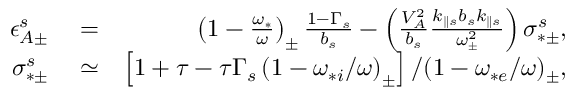
\begin{array} { r l r } { \epsilon _ { A \pm } ^ { s } } & { { } = } & { \left( 1 - \frac { \omega _ { * } } { \omega } \right) _ { \pm } \frac { 1 - \Gamma _ { s } } { b _ { s } } - \left( \frac { V _ { A } ^ { 2 } } { b _ { s } } \frac { k _ { \parallel s } b _ { s } k _ { \parallel s } } { \omega _ { \pm } ^ { 2 } } \right) \sigma _ { * \pm } ^ { s } , } \\ { \sigma _ { * \pm } ^ { s } } & { { } \simeq } & { \left[ 1 + \tau - \tau \Gamma _ { s } \left( 1 - \omega _ { * i } / \omega \right) _ { \pm } \right] / ( 1 - \omega _ { * e } / \omega ) _ { \pm } , } \end{array}